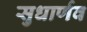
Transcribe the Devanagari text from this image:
सुधार्णव